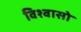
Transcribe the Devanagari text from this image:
विश्वासो